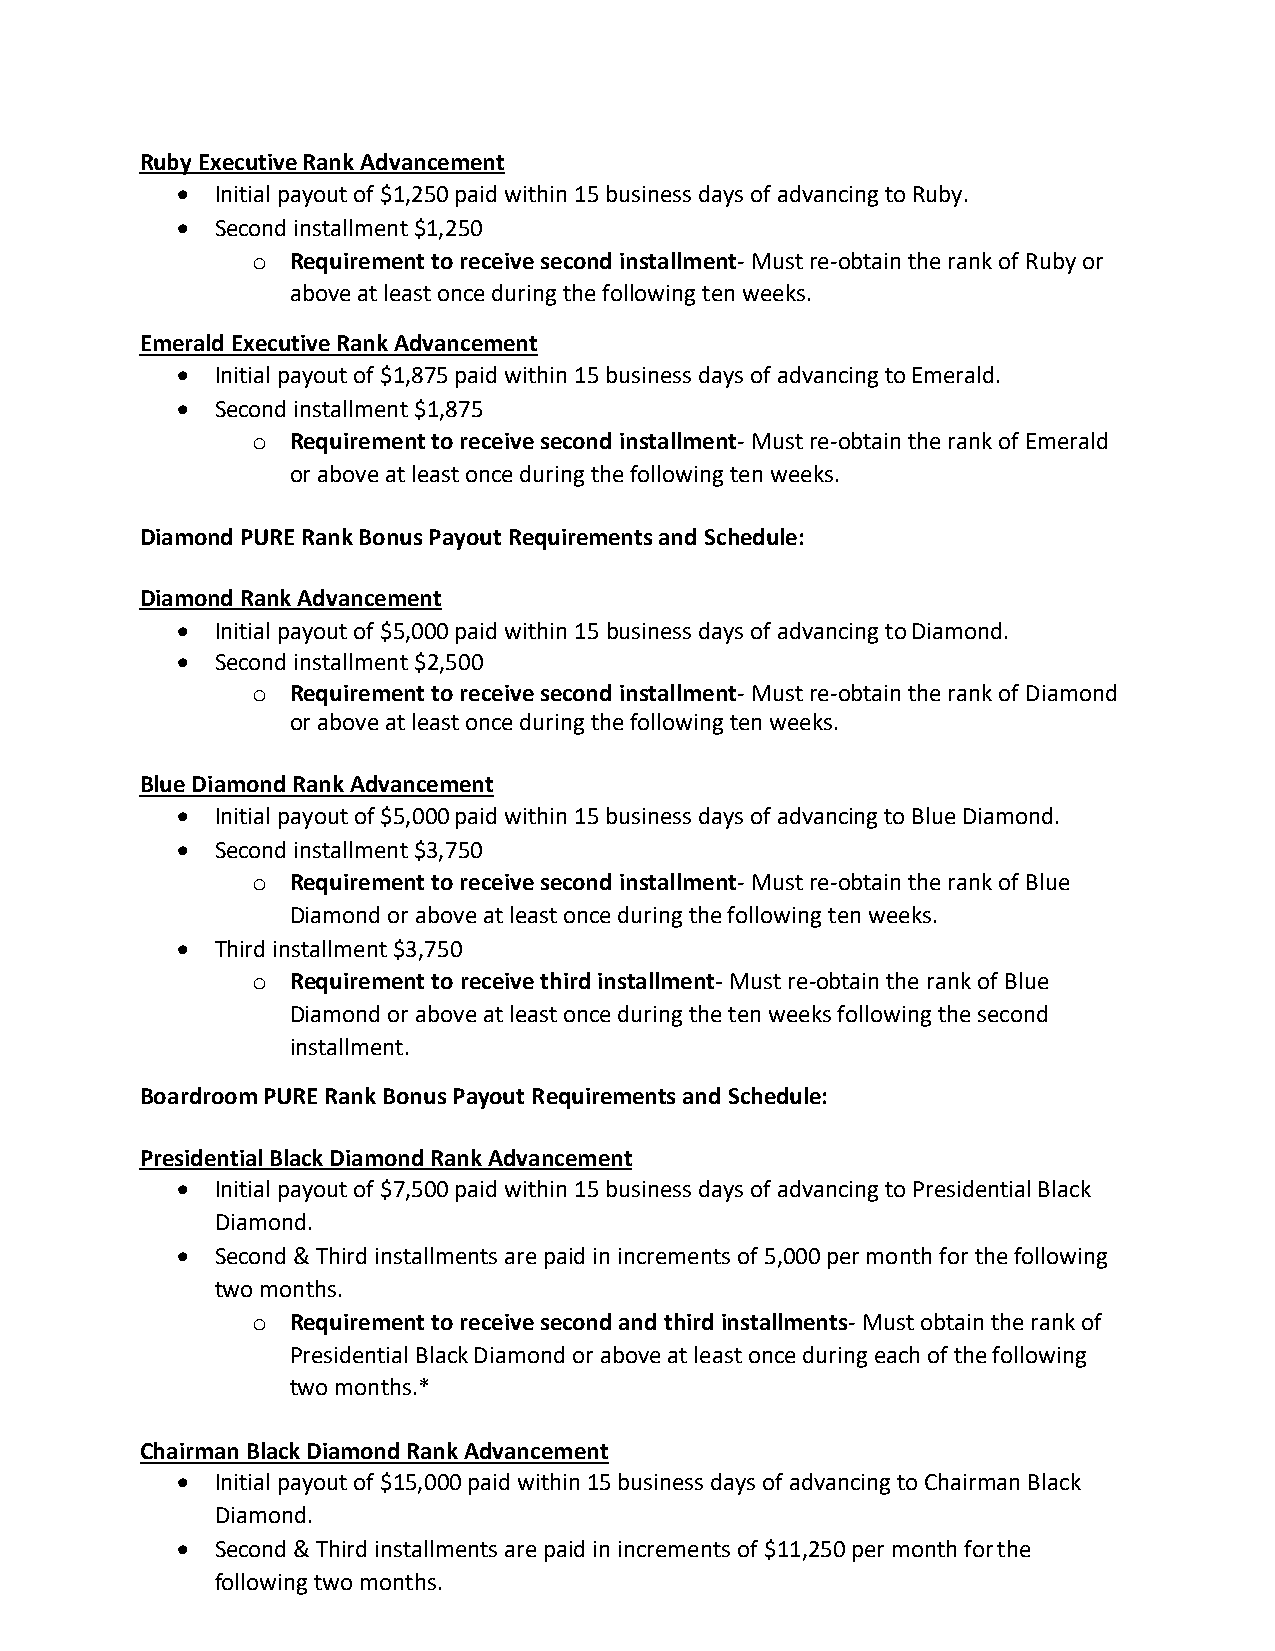
Ruby Executive Rank Advancement
 • Initial payout of $1,250 paid within 15 business days of advancing to Ruby.
 • Second installment $1,250
 o Requirement to receive second installment- Must re-obtain the rank of Ruby or
 above at least once during the following ten weeks.
 Emerald Executive Rank Advancement
 • Initial payout of $1,875 paid within 15 business days of advancing to Emerald.
 • Second installment $1,875
 o Requirement to receive second installment- Must re-obtain the rank of Emerald
 or above at least once during the following ten weeks.
 Diamond PURE Rank Bonus Payout Requirements and Schedule:
 Diamond Rank Advancement
 • Initial payout of $5,000 paid within 15 business days of advancing to Diamond.
 • Second installment $2,500
 o Requirement to receive second installment- Must re-obtain the rank of Diamond
 or above at least once during the following ten weeks.
 Blue Diamond Rank Advancement
 • Initial payout of $5,000 paid within 15 business days of advancing to Blue Diamond.
 • Second installment $3,750
 o Requirement to receive second installment- Must re-obtain the rank of Blue
 Diamond or above at least once during the following ten weeks.
 • Third installment $3,750
 o Requirement to receive third installment- Must re-obtain the rank of Blue
 Diamond or above at least once during the ten weeks following the second
 installment.
 Boardroom PURE Rank Bonus Payout Requirements and Schedule:
 Presidential Black Diamond Rank Advancement
 • Initial payout of $7,500 paid within 15 business days of advancing to Presidential Black
 Diamond.
 • Second & Third installments are paid in increments of 5,000 per month for the following
 two months.
 o Requirement to receive second and third installments- Must obtain the rank of
 Presidential Black Diamond or above at least once during each of the following
 two months.*
 Chairman Black Diamond Rank Advancement
 • Initial payout of $15,000 paid within 15 business days of advancing to Chairman Black
 Diamond.
 • Second & Third installments are paid in increments of $11,250 per month for the
 following two months.